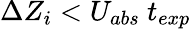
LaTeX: \Delta Z_{i}<U_{abs}~t_{exp}